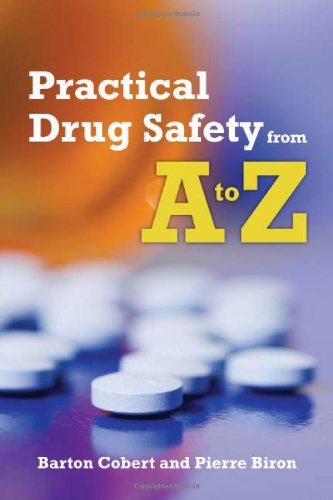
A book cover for Practical Drug Safety From A To Z; Barton Cobert; Medical Books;